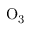
\mathrm { { O _ { 3 } } }